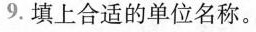
9. 填上合适的单位名称。